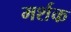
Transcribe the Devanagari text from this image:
मर्शक